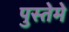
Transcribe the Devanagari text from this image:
पुस्तेमे